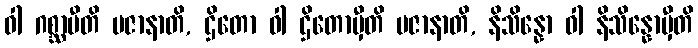
ဝါ ဂစ္ဆာမီတိ ပဇာနာတိ, ဌိတော ဝါ ဌိတောမှီတိ ပဇာနာတိ, နိသိန္နော ဝါ နိသိန္နောမှီတိ